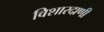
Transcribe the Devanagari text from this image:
विशारदाणी